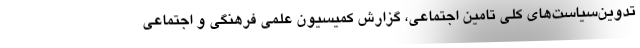
تدوین‌سیاست‌های کلی تامین اجتماعی، گزارش کمیسیون علمی فرهنگی و اجتماعی